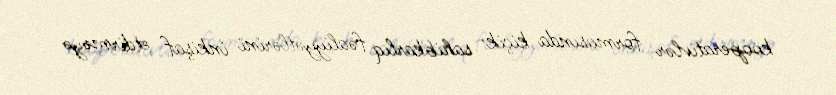
kooperativlər formasında kiçik sahibkarlıq fəaliyyətlərini inkişaf etdirməyə